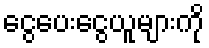
ငွေပေးငွေယူများကို